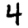
Digit: 4